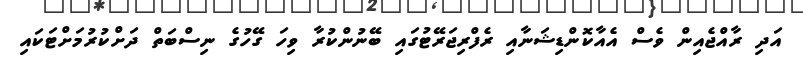
އަދި ރާއްޖެއިން ވެސް އެއާކޮންޑިޝަނާއި ރެފްރިޖަރޭޓުގައި ބޭނުންކުރާ ވިހަ ގޭހުގެ ނިސްބަތް ދަށްކުރުމަށްޓަކައި